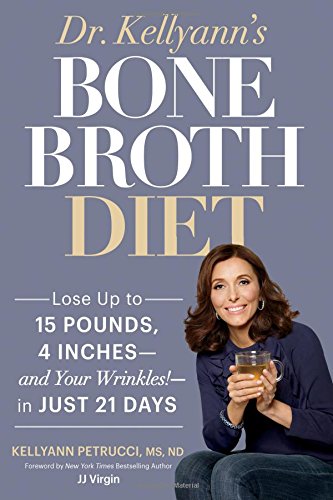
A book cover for Dr. Kellyann's Bone Broth Diet: Lose Up to 15 Pounds, 4 Inches--and Your Wrinkles!--in Just 21 Days; Kellyann Petrucci; Cookbooks, Food & Wine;